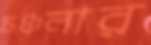
চঞ্চলার